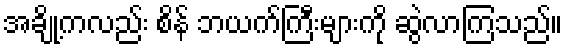
အချို့ကလည်း စိန် ဘယက်ကြီးများကို ဆွဲလာကြသည်။